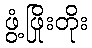
ဖွံ့ဖြိုးတိုး